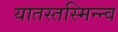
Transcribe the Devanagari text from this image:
यातस्तस्मिन्न्व